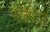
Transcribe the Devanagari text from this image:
घबराईं